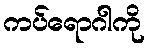
ကပ်ရောဂါကို